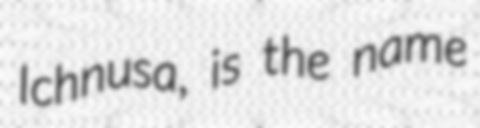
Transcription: Ichnusa, is the name